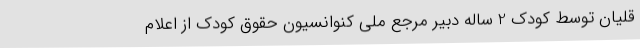
قلیان توسط کودک 2 ساله دبیر مرجع ملی کنوانسیون حقوق کودک از اعلام